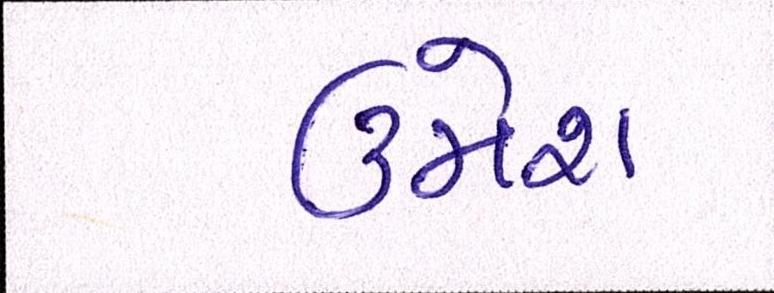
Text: ઉમેશ